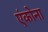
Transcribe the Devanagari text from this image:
एंकोना